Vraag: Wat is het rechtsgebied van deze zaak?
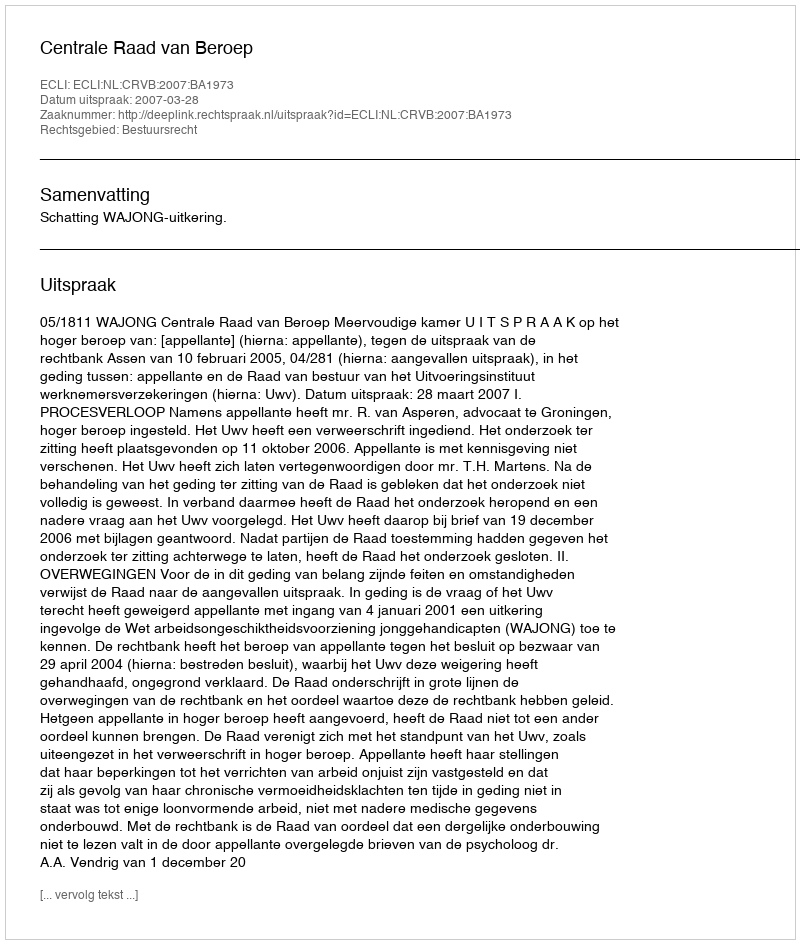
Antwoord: Bestuursrecht